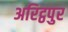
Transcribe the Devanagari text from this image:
अरिट्ठपुर